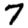
Digit: 7